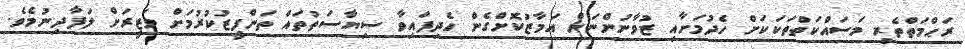
ރަޙްމަތްތެރި މަސައްކަތްތަކަކަށް ހެދުމަށާއި ޒުވާނުންނަށް އަމާޒުކޮށްގެން ހެދިފައިވާ ސިޔާސަތުތައް ތަންފީޒުކުރުމަށް ވަޒީރަށް ލަފާދިނުމެވެ.